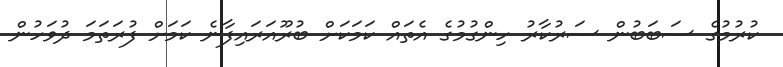
ކުރުމުގެ ސަބަބުން ސަރުކާރު ހިންގުމުގެ އެތައް ކަމަކަށް ބުރޫއަރައިފާނެ ކަމަށް ފުރަތަމަ ދުވަހުން